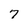
Character: 7